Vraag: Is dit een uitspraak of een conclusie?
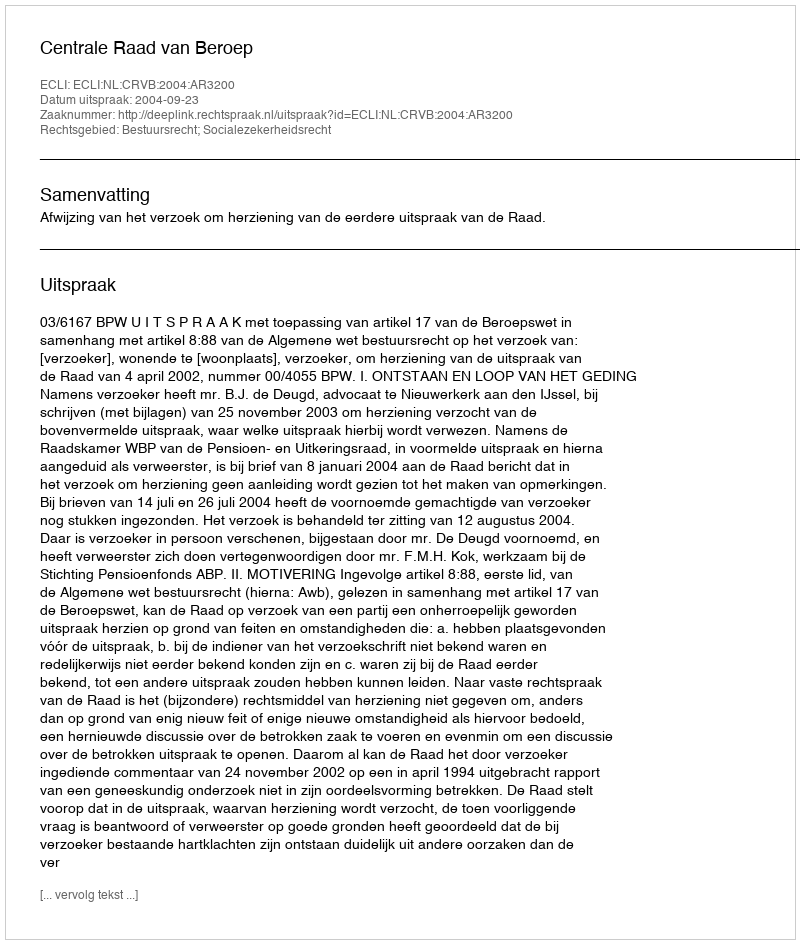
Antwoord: Uitspraak